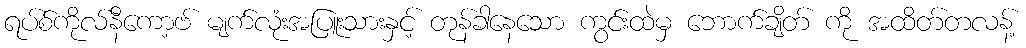
ရပ်စ်ကိုလ်နီကော့ဗ် မျက်လုံးအပြူးသားနှင့် တုန်ခါနေသော ကွင်းထဲမှ ဘောက်ချိတ် ကို အထိတ်တလန့်